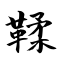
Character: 鞣